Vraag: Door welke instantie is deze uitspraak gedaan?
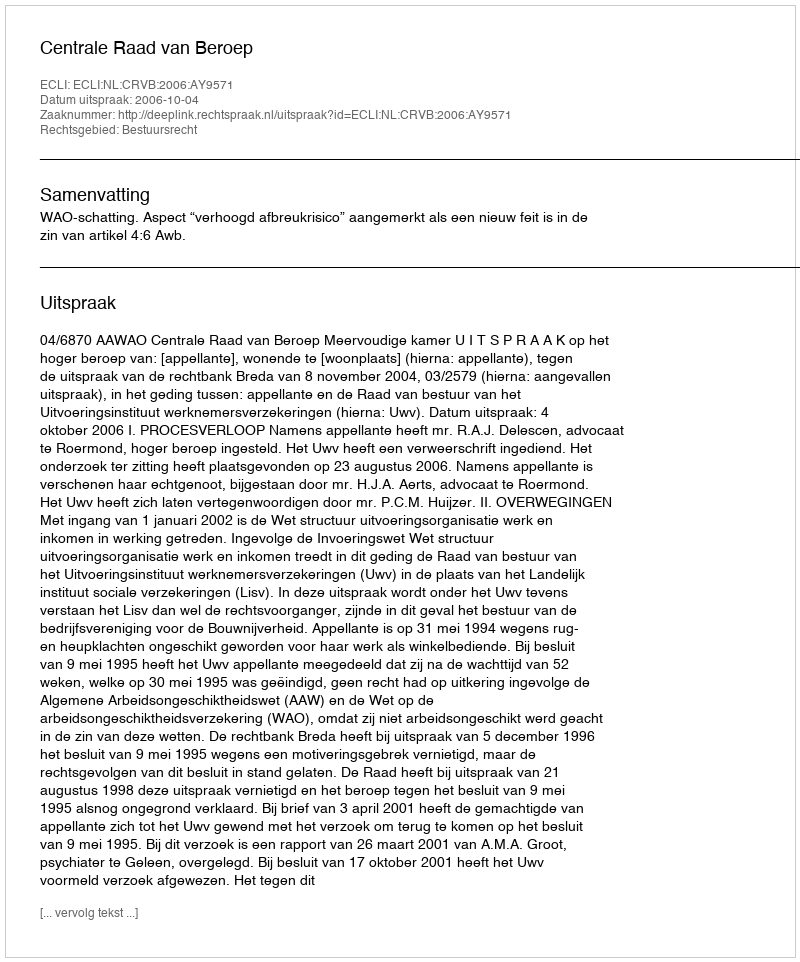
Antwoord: Centrale Raad van Beroep